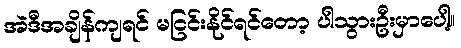
အဲဒီအချိန်ကျရင် မငြင်းနိုင်ရင်တော့ ပါသွားဦးမှာပေါ့။